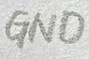
Text: GND